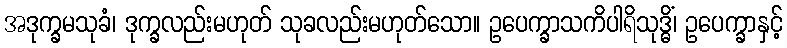
အဒုက္ခမသုခံ၊ ဒုက္ခလည်းမဟုတ် သုခလည်းမဟုတ်သော။ ဥပေက္ခာသကိပါရိသုဒ္ဓိံ၊ ဥပေက္ခာနှင့်